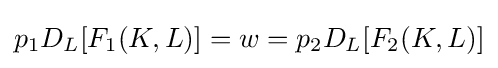
p_{1}D_{L}[F_{1}(K,L)]=w=p_{2}D_{L}[F_{2}(K,L)]